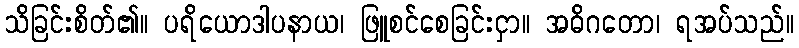
သိခြင်းစိတ်၏။ ပရိယောဒါပနာယ၊ ဖြူစင်စေခြင်းငှာ။ အဓိဂတော၊ ရအပ်သည်။